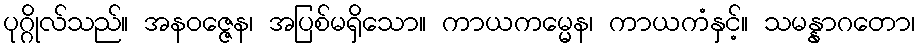
ပုဂ္ဂိုလ်သည်။ အနဝဇ္ဇေန၊ အပြစ်မရှိသော။ ကာယကမ္မေန၊ ကာယကံနှင့်။ သမန္နာဂတော၊